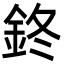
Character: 鉖